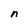
Character: n